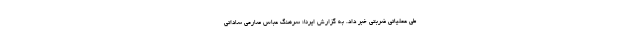
طی عملیاتی ضربتی خبر داد. به گزارش ایرنا؛ سرهنگ عباس صارمی ساداتی